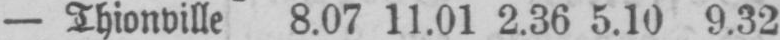
- Thionville 8.07 11.01 2.36 5.10 9.32